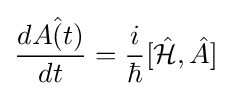
{\frac {d{\hat {A(t)}}}{dt}}={\frac {i}{\hbar }}[{\hat {\mathcal {H}}},{\hat {A}}]